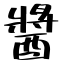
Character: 醬